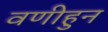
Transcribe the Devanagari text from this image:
वणीहुन